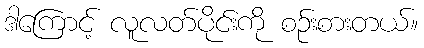
ဒါကြောင့် လူလတ်ပိုင်းကို စဉ်းစားတယ်။